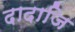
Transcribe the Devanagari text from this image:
दादाजि